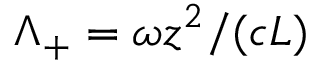
\Lambda _ { + } = \omega z ^ { 2 } / ( c L )